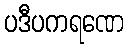
ပဒီပကရဏေ